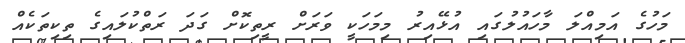
މަހުގެ އަމިއްލަ މާހައުލުގައި އުޅޭއިރު މިމަހަކީ ވަރަށް ރީތިކޮށް ގަދަ ރަތްކުލައިގެ ތިކިތަކެއް